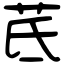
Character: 茋